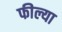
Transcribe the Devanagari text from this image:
फील्या